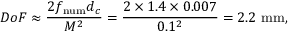
D o F \approx \frac { 2 f _ { \mathrm { n u m } } d _ { c } } { M ^ { 2 } } = \frac { 2 \times 1 . 4 \times 0 . 0 0 7 } { 0 . 1 ^ { 2 } } = 2 . 2 ~ \mathrm { m m } ,